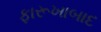
ફારૂખાબાદ